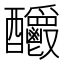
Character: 𨤊